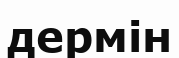
дермін